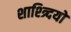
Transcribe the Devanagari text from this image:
शाश्त्र्दियों